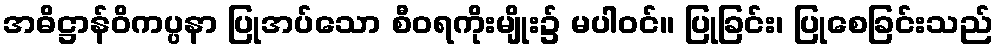
အဓိဋ္ဌာန်ဝိကပ္ပနာ ပြုအပ်သော စီဝရကိုးမျိုး၌ မပါဝင်။ ပြုခြင်း၊ ပြုစေခြင်းသည်